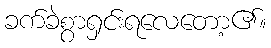
ခက်ခဲစွာရှင်းရလေတော့၏။